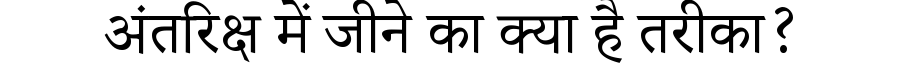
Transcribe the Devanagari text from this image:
अंतरिक्ष में जीने का क्या है तरीका?